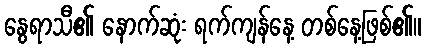
နွေရာသီ၏ နောက်ဆုံး ရက်ကျန်နေ့ တစ်နေ့ဖြစ်၏။